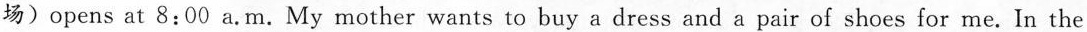
场)opens at 8:00 a.M. My mother wants to buy a dress and a pair of shoes for me. In the